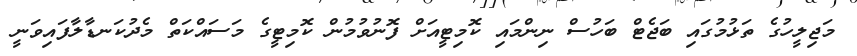
މަޖިލީހުގެ ތަޅުމުގައި ބަޖެޓް ބަހުސް ނިންމައި ކޮމިޓީއަށް ފޮނުވުމުން ކޮމިޓީގެ މަސައްކަތް މެދުކަނޑާލާފައިވަނީ